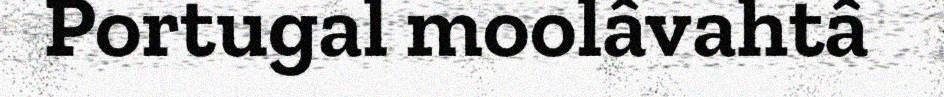
Portugal moolâvahtâ